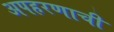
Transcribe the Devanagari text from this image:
अपहरणाची